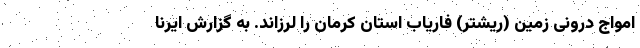
امواج درونی زمین (ریشتر) فاریاب استان کرمان را لرزاند. به گزارش ایرنا